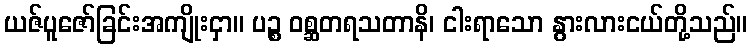
ယဇ်ပူဇော်ခြင်းအကျိုးငှာ။ ပဉ္စ ဝစ္ဆတရသတာနိ၊ ငါးရာသော နွားလားငယ်တို့သည်။